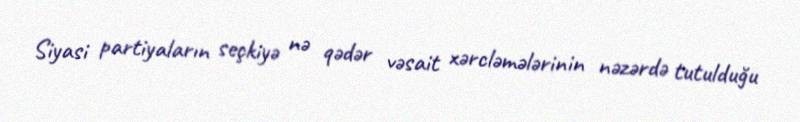
Siyasi partiyaların seçkiyə nə qədər vəsait xərcləmələrinin nəzərdə tutulduğu